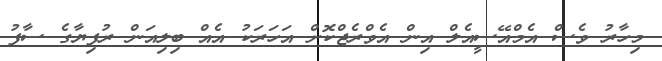
މިހާރު ވެސް އެމްއޭސީއެލް އިން އެވްރެޖްކޮށް އަހަރަކު އެއް ބިލިއަން ރުފިޔާގެ ސާފު